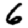
Digit: 6